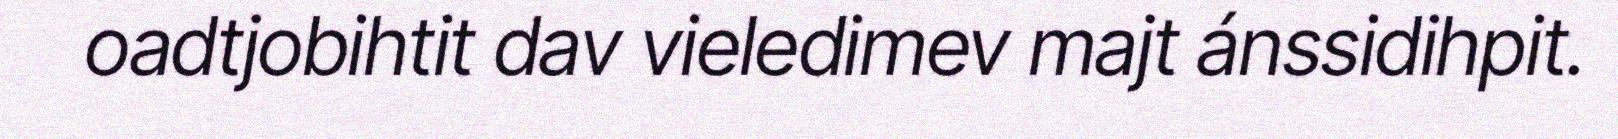
oadtjobihtit dav vieledimev majt ánssidihpit.